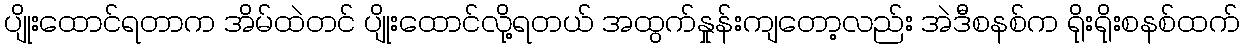
ပျိုးထောင်ရတာက အိမ်ထဲတင် ပျိုးထောင်လို့ရတယ် အထွက်နှုန်းကျတော့လည်း အဲဒီစနစ်က ရိုးရိုးစနစ်ထက်